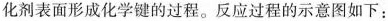
化剂表面形成化学键的过程。反应过程的示意图如下：